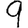
Digit: 9